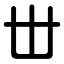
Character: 丗